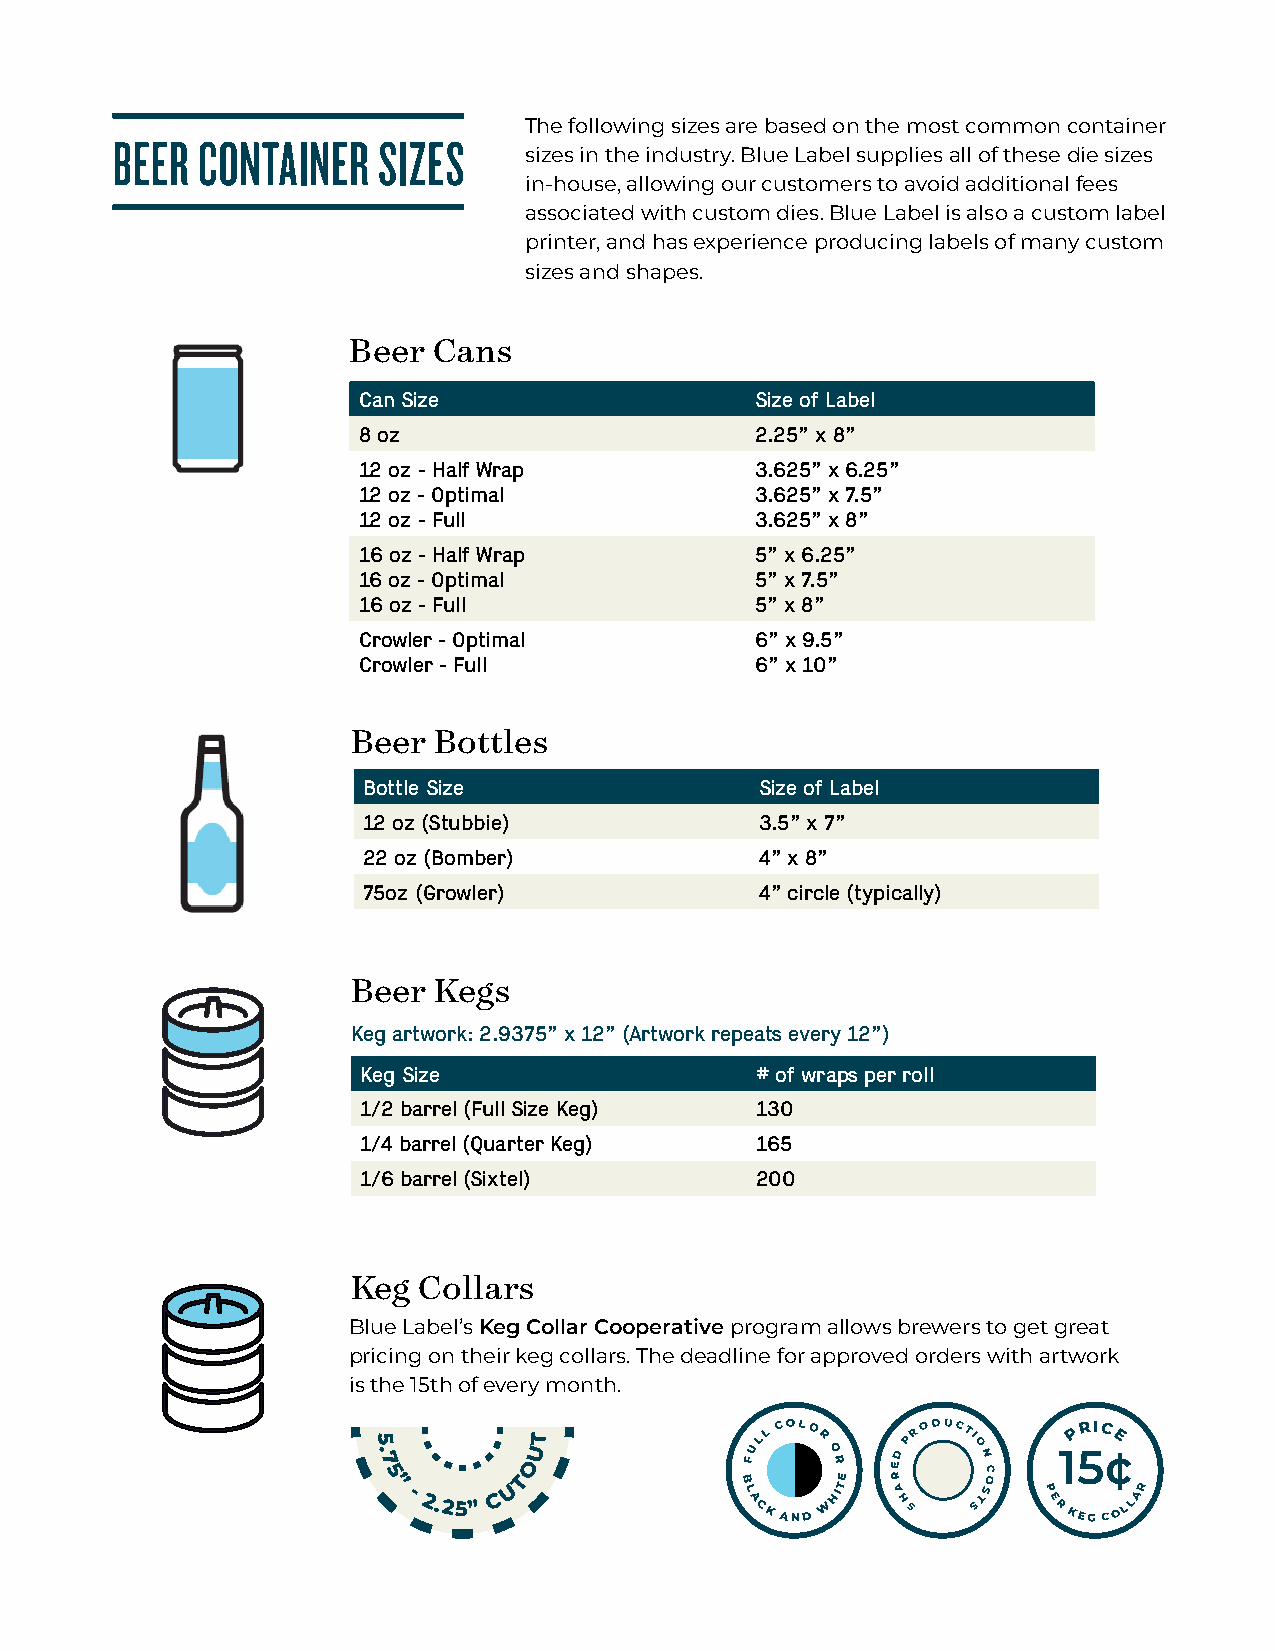
The following sizes are based on the most common container
 BEER  CONTAINER   SIZES
 sizes in the industry. Blue Label supplies all of these die sizes
 in-house, allowing our customers to avoid additional fees
 associated with custom dies. Blue Label is also a custom label
 printer, and has experience producing labels of many custom
 sizes and shapes.
 Beer  Cans
 Can Size                  Size of Label
 8 oz                      2.25” x 8”
 12 oz - Half Wrap         3.625” x 6.25”
 12 oz - Optimal           3.625” x 7.5”
 12 oz - Full              3.625” x 8”
 16 oz - Half Wrap         5” x 6.25”
 16 oz - Optimal           5” x 7.5”
 16 oz - Full              5” x 8”
 Crowler - Optimal         6” x 9.5”
 Crowler - Full            6” x 10”
 Beer  Bottles
 Bottle Size               Size of Label
 12 oz (Stubbie)           3.5” x 7”
 22 oz (Bomber)            4” x 8”
 75oz (Growler)            4” circle (typically)
 Beer  Kegs
 Keg artwork: 2.9375” x 12” (Artwork repeats every 12”)
 Keg Size                  # of wraps per roll
 1/2 barrel (Full Size Keg) 130
 1/4 barrel (Quarter Keg)  165
 1/6 barrel (Sixtel)       200
 Keg  Collars
 Blue Label’s Keg Collar Cooperative program allows brewers to get great
 pricing on their keg collars. The deadline for approved orders with artwork
 is the 15th of every month.
 5
 . 7
 OUT           FULL COLO R
 O R ED
 PR O DUCTI
 O N
 C
 1P 5RIC ¢E
 5 ” - 2.25” C U T       B L A CK AND W HITE R A H S STSO P E R KEG CO LLAR